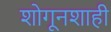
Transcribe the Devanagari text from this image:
शोगूनशाही